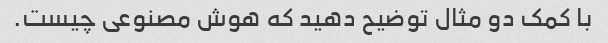
با کمک دو مثال توضیح دهید که هوش مصنوعی چیست.